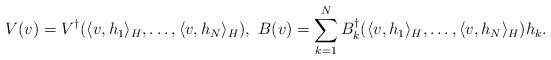
LaTeX: \begin{align*}V(v) = V^\dagger(\langle v, h_1 \rangle_H, \ldots, \langle v, h_N \rangle_H),~B(v) = \sum_{k=1}^N B_k^\dagger(\langle v, h_1 \rangle_H, \ldots, \langle v, h_N \rangle_H)h_k. \end{align*}